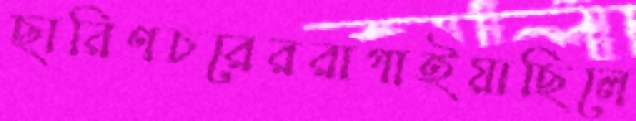
ছারিণচরেররাগাইয়াছিলে